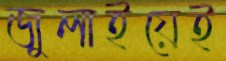
জুলাইয়েই